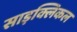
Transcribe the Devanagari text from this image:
साइक्लिकल